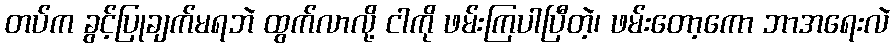
တပ်က ခွင့်ပြုချက်မရဘဲ ထွက်လာလို့ ငါကို ဖမ်းကြပါပြီတဲ့၊ ဖမ်းတော့ကော ဘာအရေးလဲ